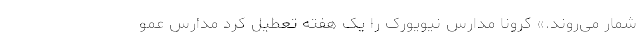
شمار می‌روند.» کرونا مدارس نیویورک را یک هفته تعطیل کرد مدارس عمو